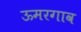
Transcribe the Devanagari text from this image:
ऊमरगाव